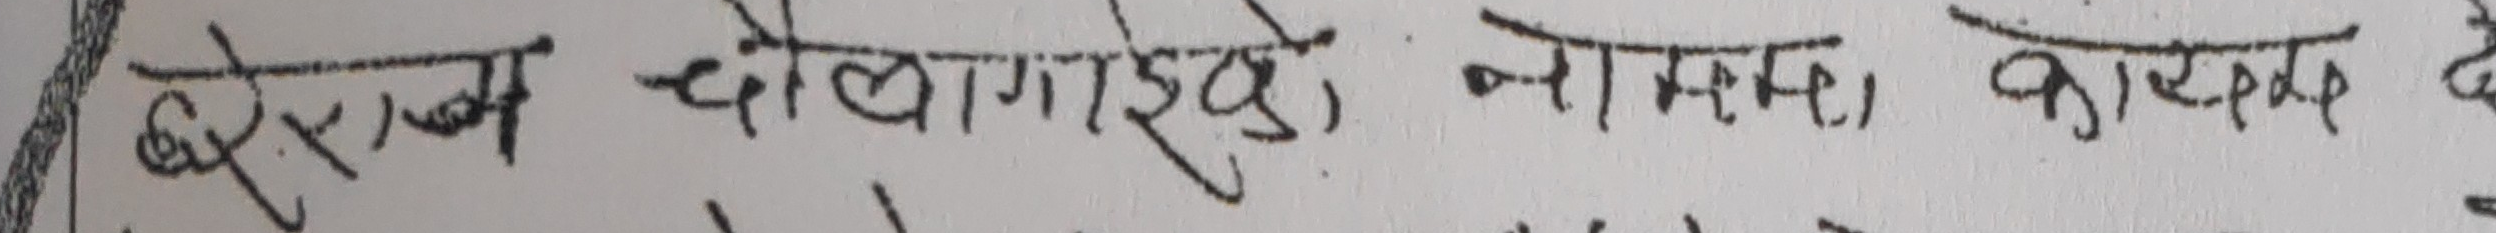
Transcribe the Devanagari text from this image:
बैजनाथ ढोलागइको, नाममा, कारण छ